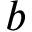
b